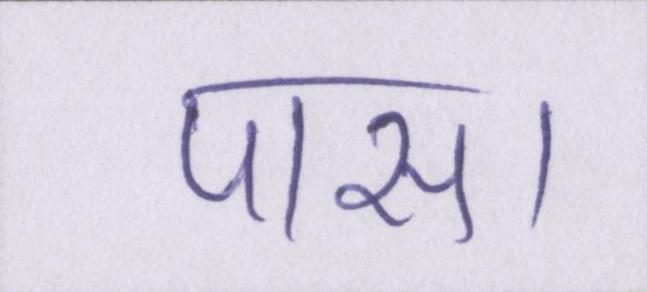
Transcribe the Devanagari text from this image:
पास।